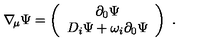
\nabla _ { \! \mu } \Psi = \left( \begin{array} { c } { \partial _ { 0 } \Psi } \\ { D _ { i } \Psi + \omega _ { i } \partial _ { 0 } \Psi } \\ \end{array} \right) \ .